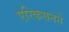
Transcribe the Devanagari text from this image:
एरिकसनने